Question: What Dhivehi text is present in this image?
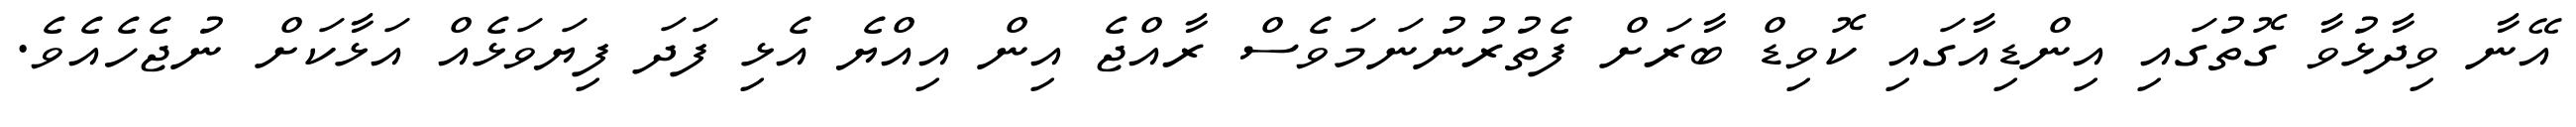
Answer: އޭނާ ވިދާޅުވާ ގޮތުގައި އިންޑިއާގައި ކޮވިޑް ބާރަށް ފެތުރުނުނަމަވެސް ރާއްޖެ އިން އިއްޔެ އެޅި ފަދަ ފިޔަވަޅެއް އަޅާކަށް ނުޖެހެއެވެ.